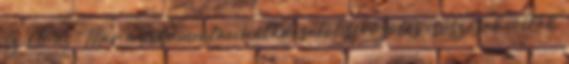
Sz-60-as . Már a dokumentáció átadásától sorozatos csúszások voltak,